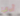
آدي